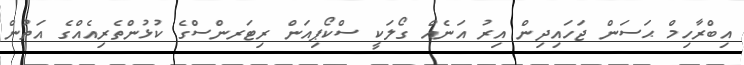
އިބްރާހިމް ޙަސަން ޖަހައިދިން އިރު އަނެއް ގޯލަކީ ސްކޯޕިއަން ރިޓަރންސްގެ ކުޅުންތެރިއެއްގެ އަތުން